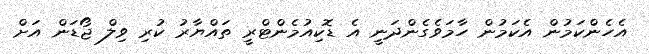
އެހެންކަމުން އެކަމުން ހާމަވެގެންދަނީ އެ ޑޮކިއުމެންޓްރީ ތައްޔާރު ކުރި ވިލް ޖޯޑަން އަށް